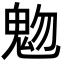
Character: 𩲐